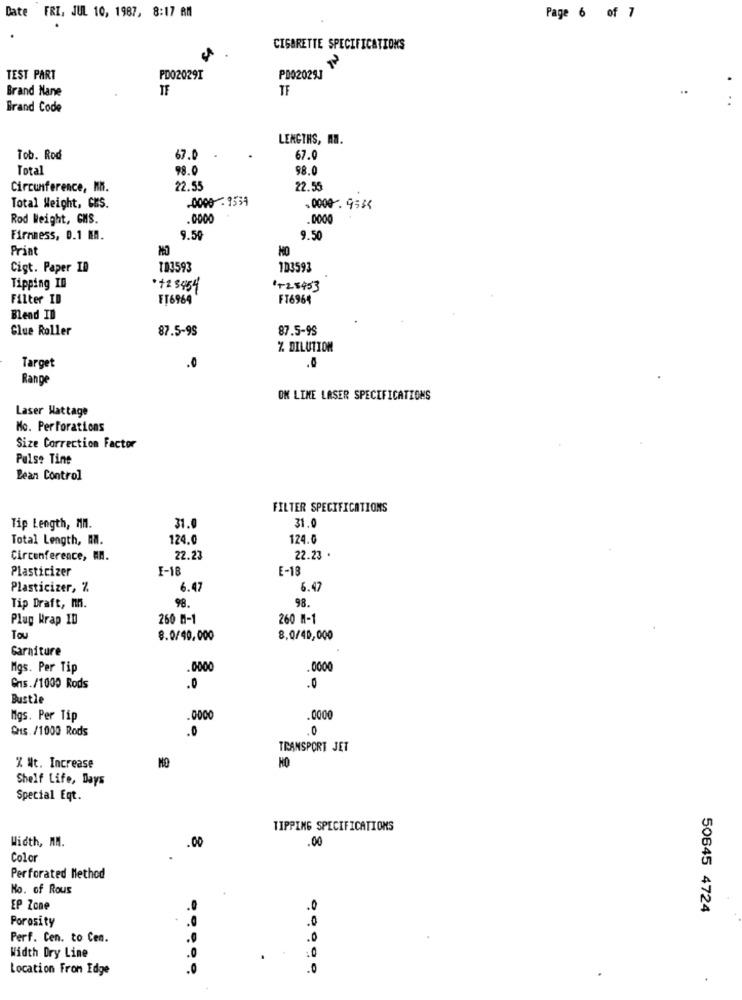
Date FRI, JUL 10, 1987, 8:17 AM
Page 6 of 7
CIGARETTE SPECIFICATIONS
TEST PART
PD02029I
PD02029J
Brand Nane
IF
..
Brand Code
LENGTHS, AN.
Tob. Rod
67.0
67.0
Total
98.0
98.0
Circumference, N.
22.55
22.55
-0000 - 1534
Total Weight, CKS.
.0000 . 953
Rod Weight, GHS.
.0000
.0000
Firmness, 0.1 N.
9.50
9.50
Print
Cigt. Paper ID
101593
103593
Tipping ID
+2 3454
1+25453
Filter ID
FT6964
FT6964
Blend ID
Glue Roller
87.5-95
87.5-9S
Z DILUTION
Target
.0
..
Range
ON LINE LASER SPECIFICATIONS
Laser Wattage
Mo. Perforations
Size Correction Factor
Pulse Tine
Lean Control
FILTER SPECIFICATIONS
31.0
Tip Length, MM.
31.
Total Length, MA.
124.0
124.0
Circonference, AN.
22.23
22.23 .
Plasticizer
F-18
E-18
Plasticizer, %
6.47
6.47
98.
98.
Tip Draft, nn.
Plug Krap ID
260 M-1
260 M-1
Tou
8.0/40,000
8,0/40,000
Garniture
Mgs. Per Tip
.0000
0000
Cns./1000 Rods
.0
.0
Bustle
Mgs. Per Tip
.0000
.0000
CMS. /1000 Rods
.0
.0
TRANSPORT JET
MO
% Nt. Increase
Shelf Life, Days
Special Eqt.
TIPPING SPECIFICATIONS
Width, MM.
.00
.00
Color
Perforated Method
No. of Rous
EP Zone
.0
.0
50645 4724
Porosity
.0
Perf. Cen. to Cen.
.0
Width Dry Line
.0
Location From Edge
.0
.0